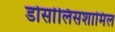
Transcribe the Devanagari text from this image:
डोर्सालिसशामिल